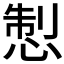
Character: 𢛁